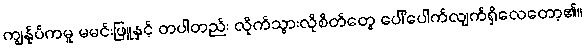
ကျွန်ုပ်ကမူ မမင်းဖြူနှင့် တပါတည်း လိုက်သွားလိုစိတ်တွေ ပေါ်ပေါက်လျက်ရှိလေတော့၏။